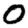
Digit: 0